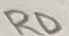
Text: RD